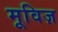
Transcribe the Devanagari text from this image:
मूविज़